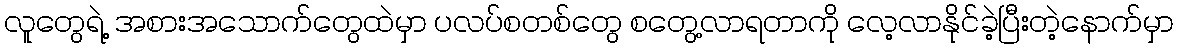
လူတွေရဲ့ အစားအသောက်တွေထဲမှာ ပလပ်စတစ်တွေ စတွေ့လာရတာကို လေ့လာနိုင်ခဲ့ပြီးတဲ့နောက်မှာ